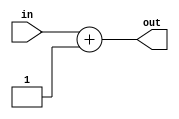
`timescale 1ns / 1ps
//////////////////////////////////////////////////////////////////////////////////
// Company: 
// Engineer: 
// 
// Design Name: 
// Module Name: adder
// Project Name: 
// Target Devices: 
// Tool Versions: 
// Description: 
// 
// Dependencies: 
// 
// Revision:
// Revision 0.01 - File Created
// Additional Comments:
// 
//////////////////////////////////////////////////////////////////////////////////


module adder(
    input [7:0] in,
    output [7:0] out
    );
    assign out = in + 1;
endmodule